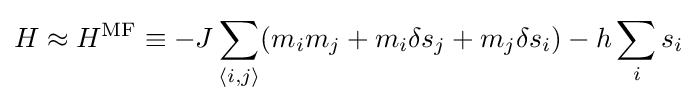
H\approx H^{\text{MF}}\equiv -J\sum _{\langle i,j\rangle }(m_{i}m_{j}+m_{i}\delta s_{j}+m_{j}\delta s_{i})-h\sum _{i}s_{i}